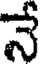
నే